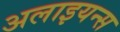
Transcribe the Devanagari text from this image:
अलाइयन्स